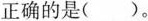
正确的是( )。